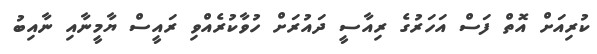
ކުރިއަށް އޮތް ފަސް އަހަރުގެ ރިއާސީ ދައުރަށް ހުވާކުރެއްވި ރައީސް ޔާމީނާއި ނާއިބު